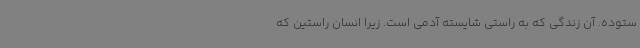
ستوده. آن زندگی که به‌ راستی شایسته آدمی است. زیرا انسان راستین که